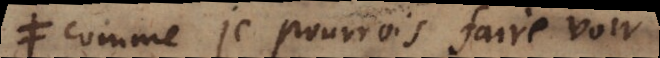
comme je pourrois faire voir